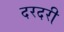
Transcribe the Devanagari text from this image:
दरदरी